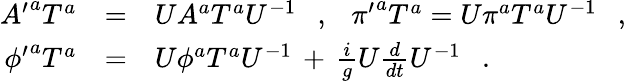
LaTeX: \begin{array}{rcl}{{{A^{\prime}}^{a}T^{a}}}&{{=}}&{{UA^{a}T^{a}U^{-1}\ \ \ ,\ \ \ {\pi^{\prime}}^{a}T^{a}=U\pi^{a}T^{a}U^{-1}\ \ \ ,}}\\ {{{\phi^{\prime}}^{a}T^{a}}}&{{=}}&{{U\phi^{a}T^{a}U^{-1}\, +\, \frac{i}{g}U\frac{d}{dt}U^{-1}\ \ \ .}}\end{array}